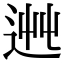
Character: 𨒯